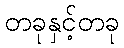
တခုနှင့်တခု